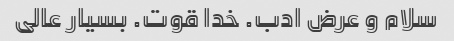
سلام و عرض ادب. خدا قوت. بسیار عالی